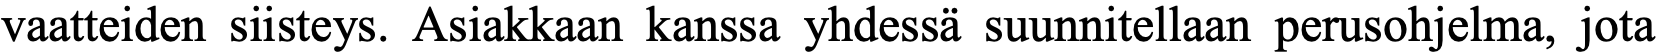
vaatteiden siisteys. Asiakkaan kanssa yhdessä suunnitellaan perusohjelma, jota